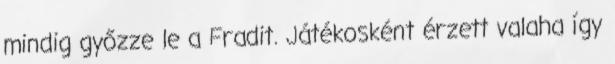
mindig győzze le a Fradit. Játékosként érzett valaha így